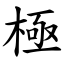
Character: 極